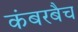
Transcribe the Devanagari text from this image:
कंबरबैच